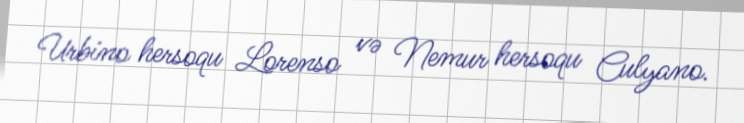
Urbino hersoqu Lorenso və Nemur hersoqu Culyano.